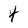
Character: t